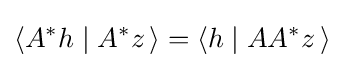
\left\langle A^{*}h\mid A^{*}z\,\right\rangle =\left\langle h\mid AA^{*}z\,\right\rangle